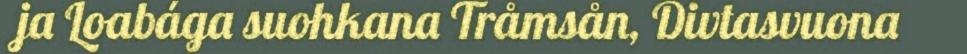
ja Loabága suohkana Tråmsån, Divtasvuona